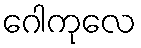
ဂေါကုလေ